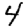
Digit: 4